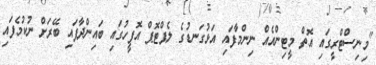
"މިނިސްޓްރީގައި އޮތް މީޓިންއެއް ނިންމާފައި އަޅުގަނޑުގެ ލެޕްޓޮޕް އޮފީހުގައި ބައިންދާފައި ބޭރަށް ނުކުމެފައި